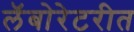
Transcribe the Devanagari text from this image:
लॅबोरेटरीत